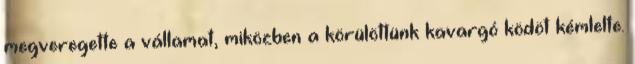
megveregette a vállamat, miközben a körülöttünk kavargó ködöt kémlelte.